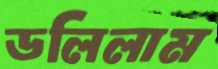
ডলিলাম